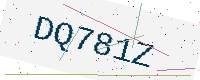
Text: DQ781Z